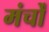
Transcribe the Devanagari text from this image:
मंर्चों